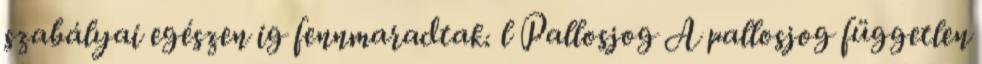
szabályai egészen ig fennmaradtak. l Pallosjog A pallosjog független